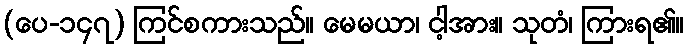
(ပေ-၁၄၇) ကြင်စကားသည်။ မေမယာ၊ ငါ့အား။ သုတံ၊ ကြားရ၏။